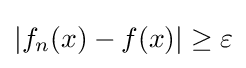
|f_{n}(x)-f(x)|\geq \varepsilon